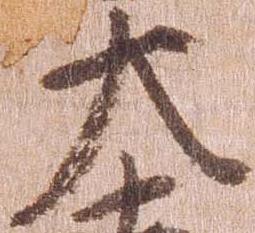
大